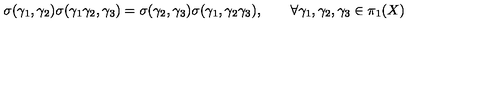
\sigma ( \gamma _ { 1 } , \gamma _ { 2 } ) \sigma ( \gamma _ { 1 } \gamma _ { 2 } , \gamma _ { 3 } ) = \sigma ( \gamma _ { 2 } , \gamma _ { 3 } ) \sigma ( \gamma _ { 1 } , \gamma _ { 2 } \gamma _ { 3 } ) , \qquad \forall \gamma _ { 1 } , \gamma _ { 2 } , \gamma _ { 3 } \in \pi _ { 1 } ( X )